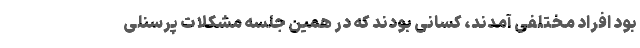
بود افراد مختلفی آمدند، کسانی بودند که در همین جلسه مشکلات پرسنلی